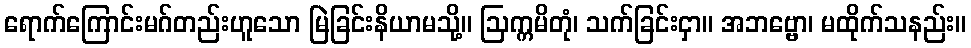
ရောက်ကြောင်းမဂ်တည်းဟူသော မြဲခြင်းနိယာမသို့။ ဩက္ကမိတုံ၊ သက်ခြင်းငှာ။ အဘဗ္ဗော၊ မထိုက်သနည်း။